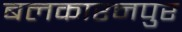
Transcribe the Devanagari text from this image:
बलकारनपुर